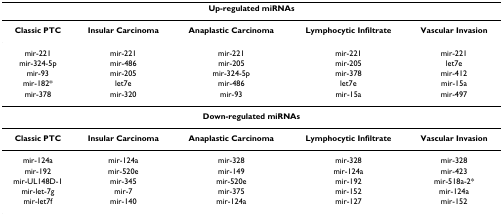
<table><thead><tr><td colspan="5"><b>Up-regulated miRNAs</b></td></tr></thead><tbody><tr><td><b>Classic PTC</b></td><td><b>Insular Carcinoma</b></td><td><b>Anaplastic Carcinoma</b></td><td><b>Lymphocytic Infiltrate</b></td><td><b>Vascular Invasion</b></td></tr><tr><td>mir-221</td><td>mir-221</td><td>mir-221</td><td>mir-221</td><td>mir-221</td></tr><tr><td>mir-324-5p</td><td>mir-486</td><td>mir-205</td><td>mir-205</td><td>let7e</td></tr><tr><td>mir-93</td><td>mir-205</td><td>mir-324-5p</td><td>mir-378</td><td>mir-412</td></tr><tr><td>mir-182*</td><td>let7e</td><td>mir-486</td><td>let7e</td><td>mir-15a</td></tr><tr><td>mir-378</td><td>mir-320</td><td>mir-93</td><td>mir-15a</td><td>mir-497</td></tr><tr><td colspan="5"><b>Down-regulated miRNAs</b></td></tr><tr><td><b>Classic PTC</b></td><td><b>Insular Carcinoma</b></td><td><b>Anaplastic Carcinoma</b></td><td><b>Lymphocytic Infiltrate</b></td><td><b>Vascular Invasion</b></td></tr><tr><td>mir-124a</td><td>mir-124a</td><td>mir-328</td><td>mir-328</td><td>mir-328</td></tr><tr><td>mir-192</td><td>mir-520e</td><td>mir-149</td><td>mir-124a</td><td>mir-423</td></tr><tr><td>mir-UL148D-1</td><td>mir-345</td><td>mir-520e</td><td>mir-192</td><td>mir-518a-2*</td></tr><tr><td>mir-let-7g</td><td>mir-7</td><td>mir-375</td><td>mir-152</td><td>mir-124a</td></tr><tr><td>mir-let7f</td><td>mir-140</td><td>mir-124a</td><td>mir-127</td><td>mir-152</td></tr></tbody></table>